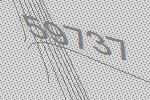
59737